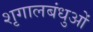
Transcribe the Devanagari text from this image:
शृगालबंधुओं